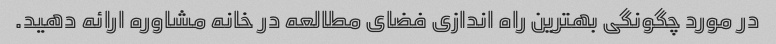
در مورد چگونگی بهترین راه اندازی فضای مطالعه در خانه مشاوره ارائه دهید.